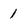
Character: 1